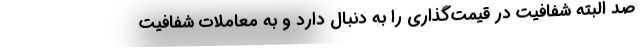
صد البته شفافیت در قیمت‌گذاری را به دنبال دارد و به معاملات شفافیت